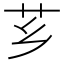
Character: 芗